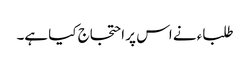
طلباء نے اس پر احتجاج کیا ہے۔